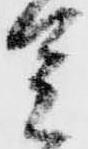
足